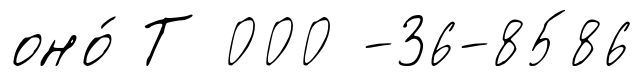
оно́ Т 000 -36-8586